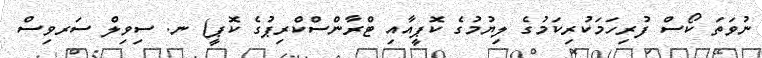
ނުވަތަ ކޯސް ފުރިހަމަކުރިކަމުގެ ލިޔުމުގެ ކޮޕީއާއި ޓްރާންސްކްރިޕުގެ ކޮޕީ) ނ. ސިވިލް ސަރވިސް